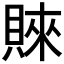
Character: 𧶛